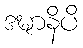
ဒဍ္ဎာနိပိ